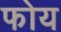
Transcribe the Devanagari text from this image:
फोय